Lunatic asylums Central Provinces reports 1895-1909 - 1895-1909
Year: 1895
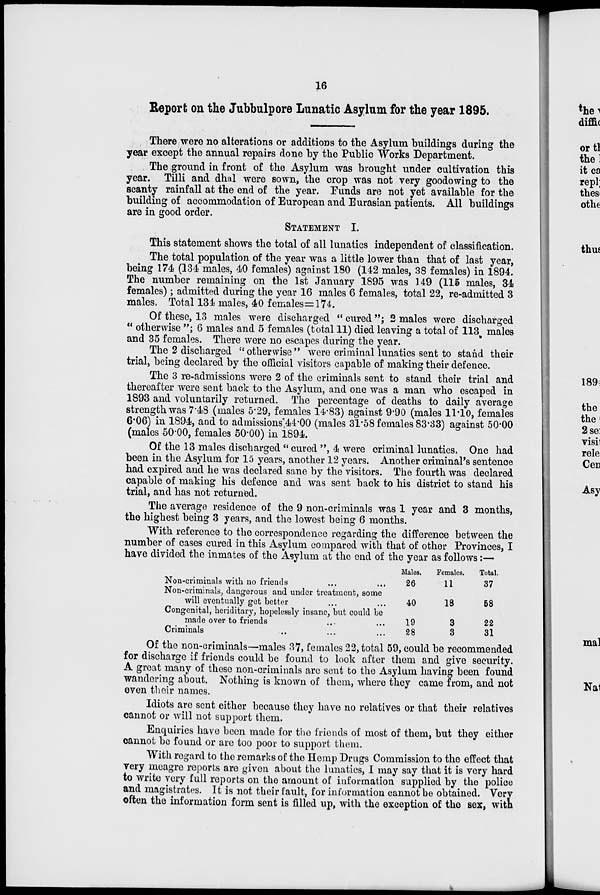
16
Report on the Jubbulpore Lunatic Asylum for the year 1895.
There were no alterations or additions to the Asylum buildings during the
year except the annual repairs done by the Public Works Department.
The ground in front of the Asylum was brought under cultivation this
year. Tilli and dhal were sown, the crop was not very goodowing to the
scanty rainfall at the end of the year. Funds are not yet available for the
building of accommodation of European and Eurasian patients. All buildings
are in good order.
STATEMENT I.
This statement shows the total of all lunatics independent of classification.
The total population of the year was a little lower than that of last year,
being 174 (134 males, 40 females) against 180 (142 males, 38 females) in 1894.
The number remaining on the 1st January 1895 was 149 (115 males, 34
females); admitted during the year 16 males 6 females, total 22, re-admitted 3
males. Total 134 males, 40 females=l74.
Of these, 13 males were discharged " cured "; 2 males were discharged
" otherwise "; 6 males and 5 females (total 11) died leaving a total of 113 males
and 35 females. There were no escapes during the year.
The 2 discharged "otherwise" were criminal lunatics sent to stand their
trial, being declared by the official visitors capable of making their defence.
The 3 re-admissions were 2 of the criminals sent to stand their trial and
thereafter were sent back to the Asylum, and one was a man who escaped in
1893 and voluntarily returned. The percentage of deaths to daily average
strength was 7.48 (males 5.29, females 14.83) against 9.90 (males 11.10, females
6.06) in 1894, and to admissions 44.00 (males 31.58 females 83.33) against 50.00
(males 50.00, females 50.00) in 1894.
Of the 13 males discharged " cured ", 4 were criminal lunatics. One had
been in the Asylum for 15 years, another 12 years. Another criminal's sentence
had expired and he was declared sane by the visitors. The fourth was declared
capable of making his defence and was sent back to his district to stand his
trial, and has not returned.
The average residence of the 9 non-criminals was 1 year and 3 months,
the highest being 3 years, and the lowest being 6 months.
With reference to the correspondence regarding the difference between the
number of cases cured in this Asylum compared with that of other Provinces, I
have divided the inmates of the Asylum at the end of the year as follows:—
Non-criminals with no friends ... ...
Non-criminals, dangerous and under treatment, some
will eventually get better ... ...
Congenital, heriditary, hopelessly insane, but could be
made over to friends ... ...
Criminals ... ... ...
Males.
26
40
19
28
Females.
11
18
3
3
Total.
37
58
22
31
Of the non-criminals—males 37, females 22, total 59, could be recommended
for discharge if friends could be found to look after them and give security.
A great many of these non-criminals are sent to the Asylum having been found
wandering about. Nothing is known of them, where they came from, and not
even their names.
Idiots are sent either because they have no relatives or that their relatives
cannot or will not support them.
Enquiries have been made for the friends of most of them, but they either
cannot be found or are too poor to support them.
With regard to the remarks of the Hemp Drugs Commission to the effect that
very meagre reports are given about the lunatics, I may say that it is very hard
to write very full reports on the amount of information supplied by the police
and magistrates. It is not their fault, for information cannot be obtained. Very
often the information form sent is filled up, with the exception of the sex, with